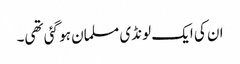
ان کی ایک لونڈی مسلمان ہو گئی تھی۔